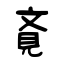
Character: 斍